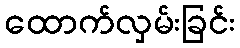
ထောက်လှမ်းခြင်း